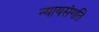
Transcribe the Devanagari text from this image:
न्यायसंगति